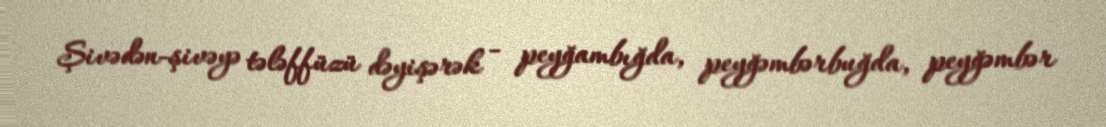
Şivədən-şivəyə tələffüzü dəyişərək - peyğambığda, peyğəmbərbuğda, peyğəmbər